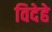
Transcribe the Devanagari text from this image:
विदेहे